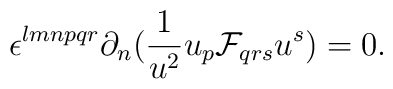
\epsilon^{lmnpqr}\partial_n({1\over{u^2}}u_p{\cal F}_{qrs}u^s)=0.